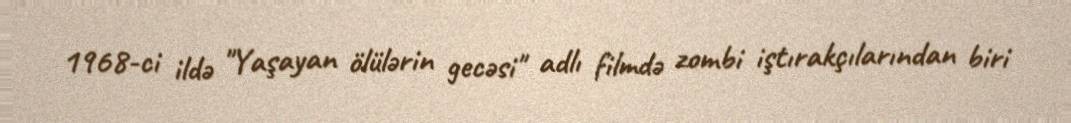
1968-ci ildə "Yaşayan ölülərin gecəsi" adlı filmdə zombi iştırakçılarından biri